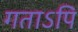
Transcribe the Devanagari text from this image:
गताऽपि